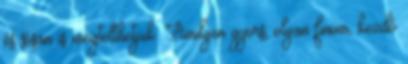
és sósan is megtölthetjük: Amilyen gyors, olyan finom, kezdő